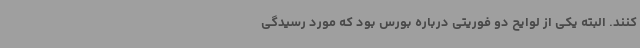
کنند. البته یکی از لوایح دو فوریتی درباره بورس بود که مورد رسیدگی